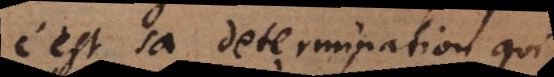
c’est sa determination qu